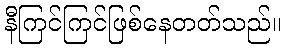
နီကြင်ကြင်ဖြစ်နေတတ်သည်။